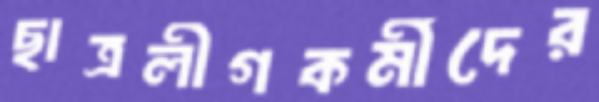
ছাত্রলীগকর্মীদের